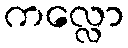
ကလ္လော